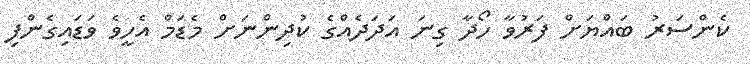
ކެންސަރު ބައްޔަށް ފަރުވާ ހޯދާ ގިނަ އަދަދެއްގެ ކުދިންނަށް މެޑަމް އެހީވެ ވަޑައިގެންފި